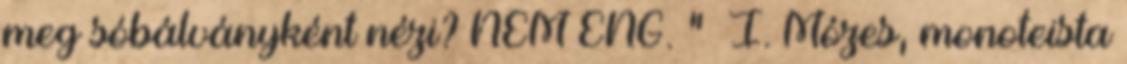
meg sóbálványként nézi? NEM ENG. ” I. Mózes, monoteista